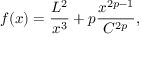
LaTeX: f ( x ) = \frac { L ^ { 2 } } { x ^ { 3 } } + p \frac { x ^ { 2 p - 1 } } { C ^ { 2 p } } ,